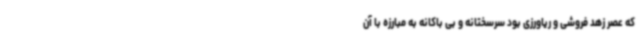
که عصر زهد فروشی و ریاورزی بود سرسختانه و بی باکانه به مبارزه با آن